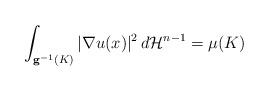
LaTeX: \begin{align*} \int_{\mathbf{g}^{-1} (K ) } | \nabla u(x) |^2 \, d \mathcal{H}^{n-1}= \mu ( K)\end{align*}